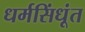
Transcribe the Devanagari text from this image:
धर्मसिंधूंत